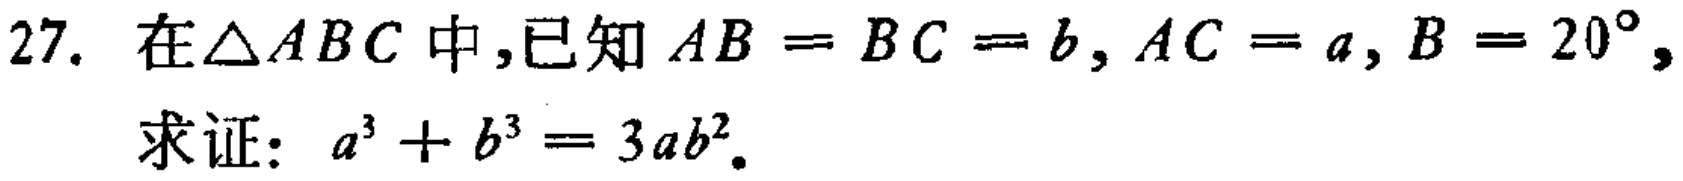
27. 在$\triangle ABC$中，已知$AB = BC = b, AC = a, B = 20^{\circ},$
求证：$a^{3}+b^{3}=3ab^{2}.$